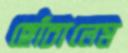
ছোঁচালেম